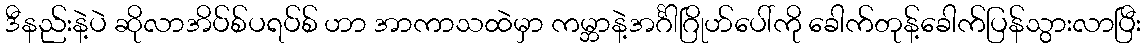
ဒီနည်းနဲ့ပဲ ဆိုလာအိပ်စ်ပရပ်စ် ဟာ အာကာသထဲမှာ ကမ္ဘာနဲ့အင်္ဂါဂြိုဟ်ပေါ်ကို ခေါက်တုန့်ခေါက်ပြန်သွားလာပြီး